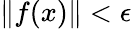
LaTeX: \| f(x)\| <\epsilon